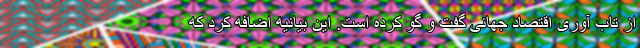
از تاب آوری اقتصاد جهانی گفت و گو کرده است. این بیانیه اضافه کرد که